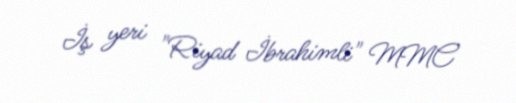
İş yeri "Riyad İbrahimli" MMC